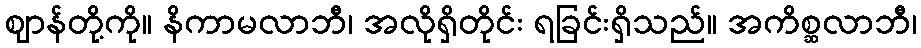
ဈာန်တို့ကို။ နိကာမလာဘီ၊ အလိုရှိတိုင်း ရခြင်းရှိသည်။ အကိစ္ဆလာဘီ၊